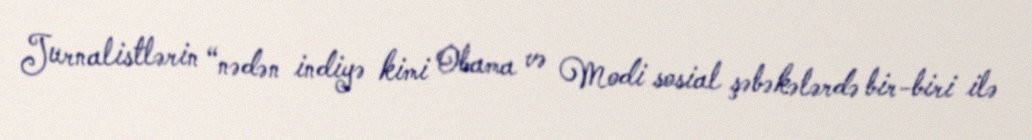
Jurnalistlərin “nədən indiyə kimi Obama və Modi sosial şəbəkələrdə bir-biri ilə